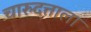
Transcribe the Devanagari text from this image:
चारुदत्ताला